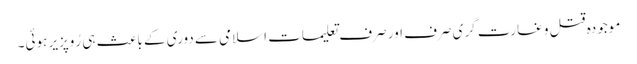
موجودہ قتل و غارت گری صرف اور صرف تعلیماتِ اسلامی سے دوری کے باعث ہی رُوپزیر ہوئی۔